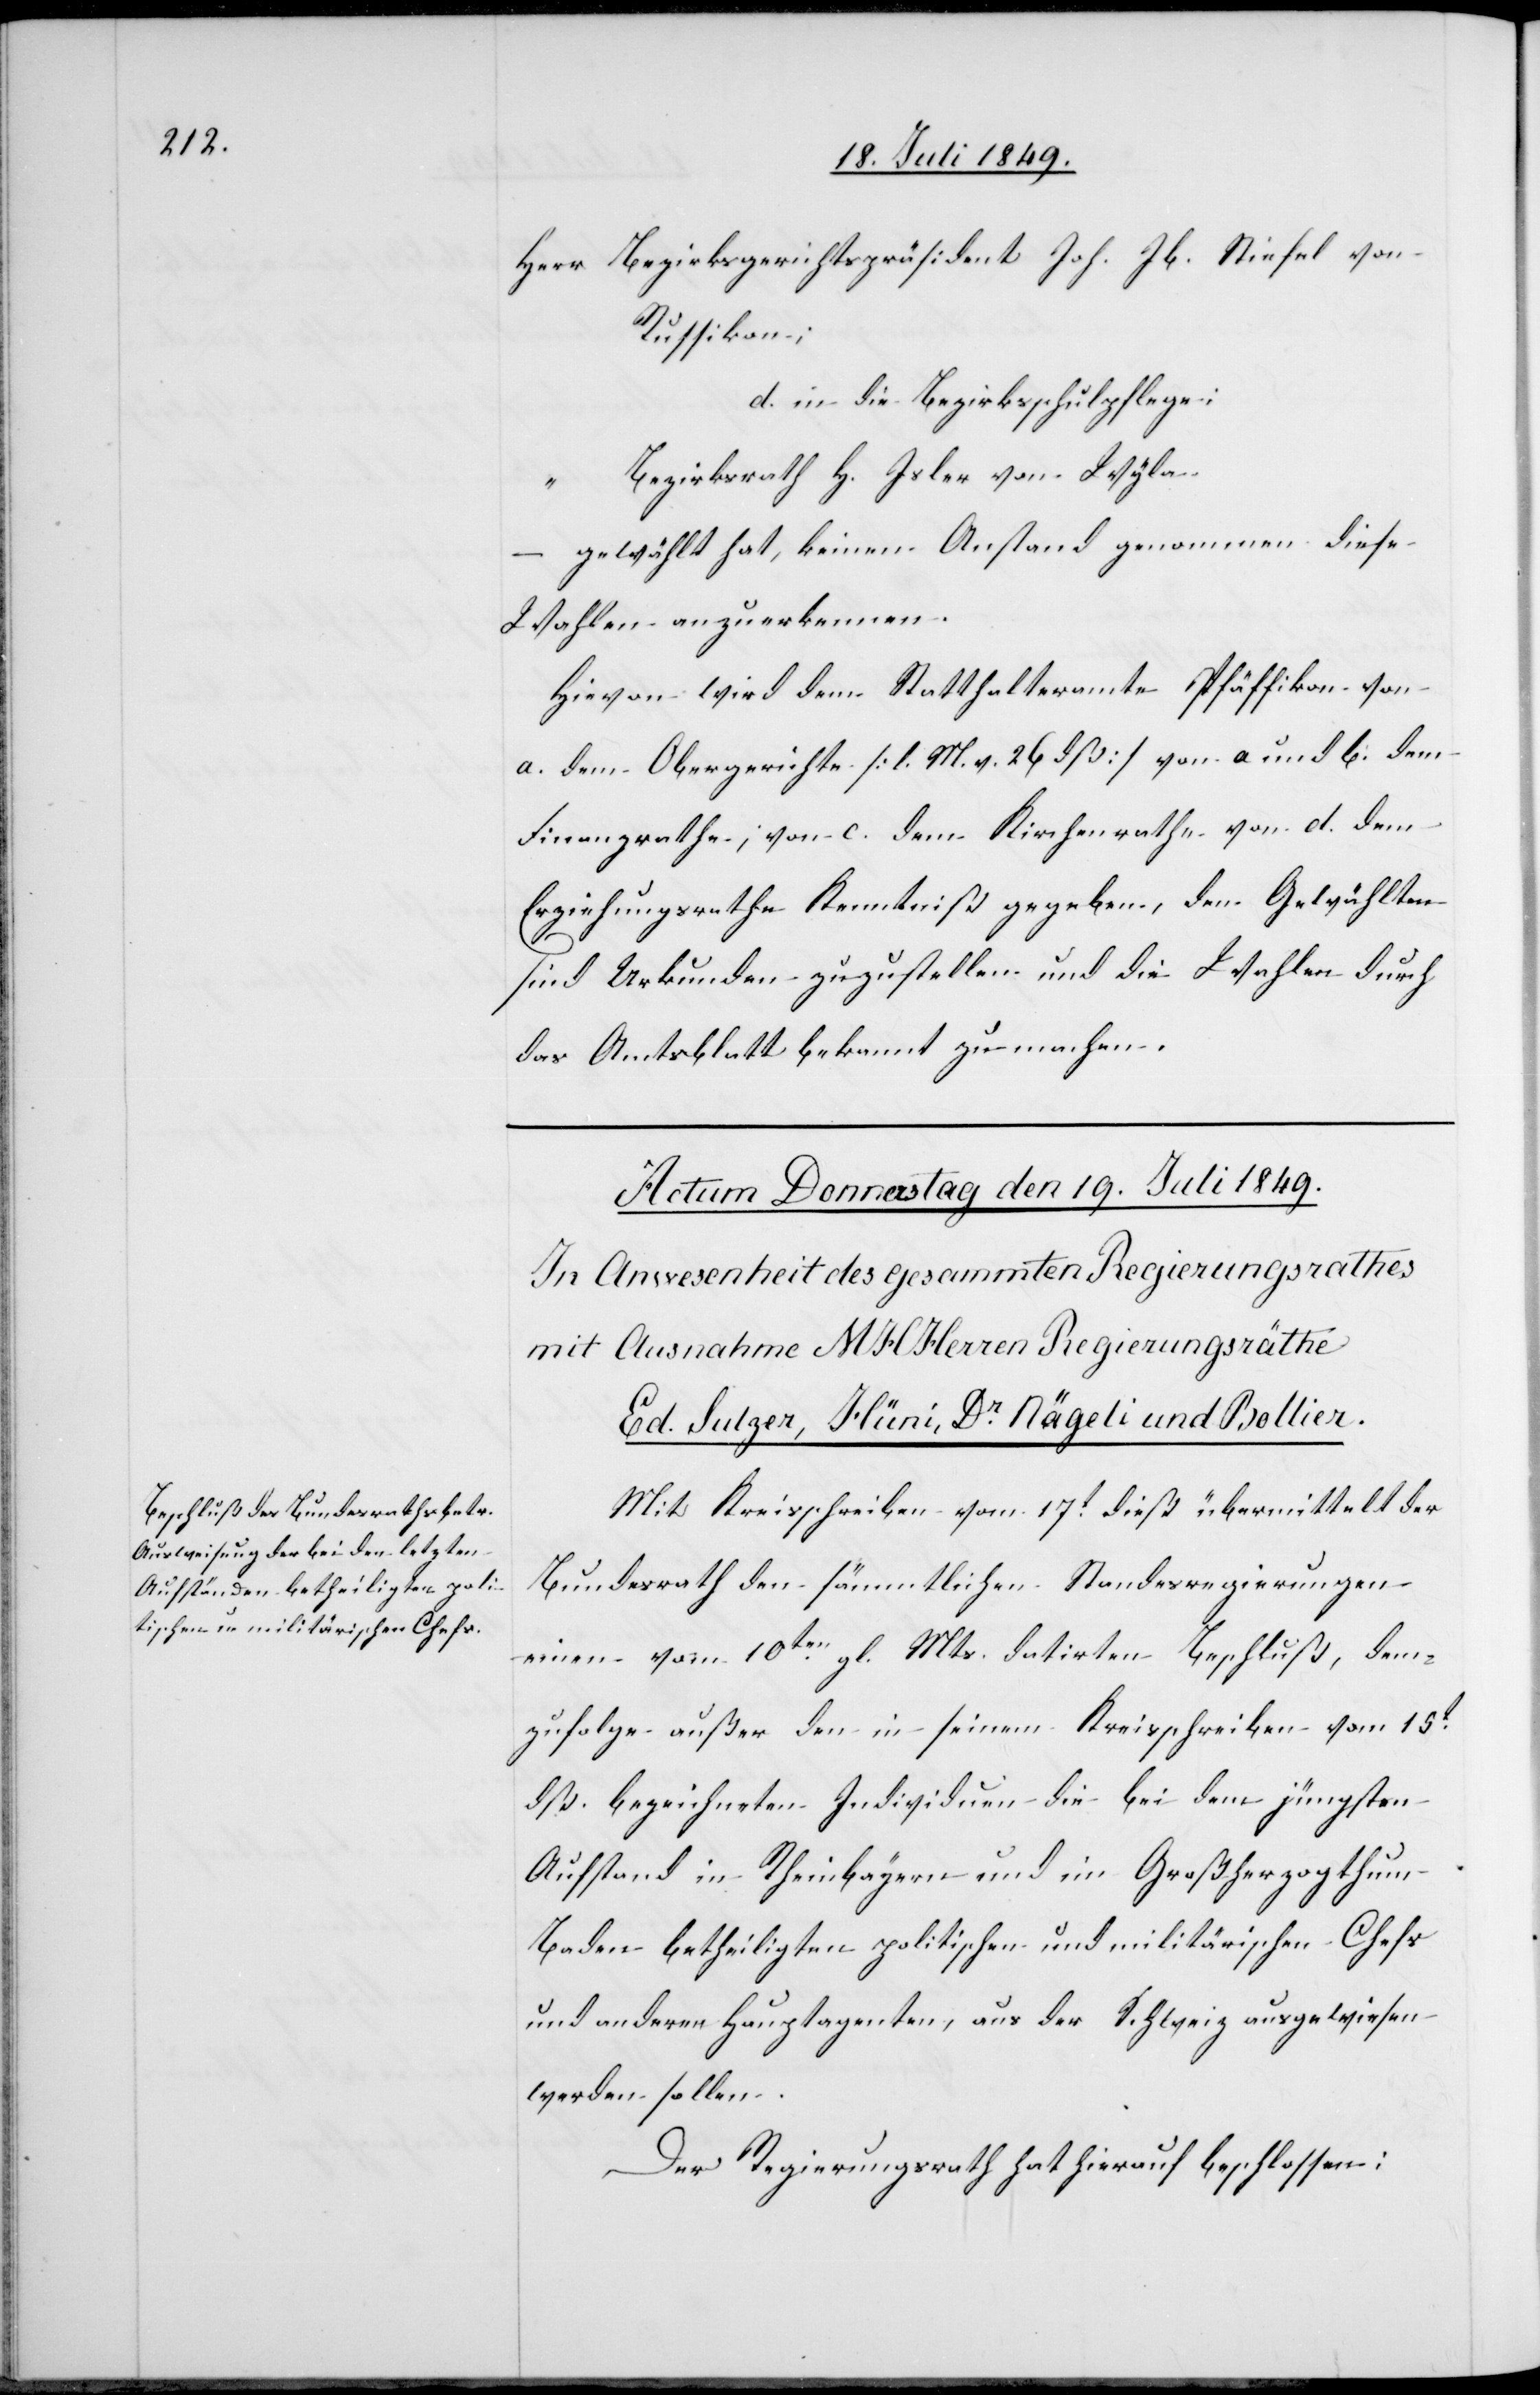
Herr Bezirksgerichtspräsident Joh. Jb. Stiefel von
Russikon;
d. in die Bezirksschulpflege;
“	Bezirksrath H. Isler von Wyla.
–
gewählt hat, keinen Anstand genommen diese
Wahlen anzuerkennen.
Hievon wird dem Statthalteramte Pfäffikon von
a. dem Obergerichte [l. M. v. 26 dß] von a und b. dem
Finanzrathe, von c. dem Kirchenrathe von d. dem
Erziehungsrathe Kenntniß gegeben, den Gewählten
sind Urkunden zuzustellen und die Wahlen durch
das Amtsblatt bekannt zu machen.
Mit Kreisschreiben vom 17t dieß übermittelt der
Bundesrath den sämmtlichen Standesregierungen
einen vom 10ten gl. Mts. datirten Beschluß, dem¬
zufolge außer den in seinem Kreisschreiben vom 15t
dß. bezeichneten Individuen die bei dem jüngsten
Aufstand in Rheinbayern und im Großherzogthum
Baden betheiligten politischen und militärischen Chefs
und anderen Hauptagenten, aus der Schweiz ausgewiesen
werden sollen.
Der Regierungsrath hat hierauf beschlossen: